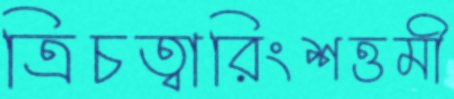
ত্রিচত্বারিংশত্তমী